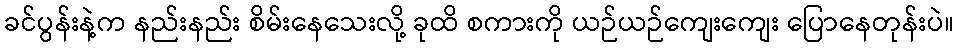
ခင်ပွန်းနဲ့က နည်းနည်း စိမ်းနေသေးလို့ ခုထိ စကားကို ယဉ်ယဉ်ကျေးကျေး ပြောနေတုန်းပဲ။